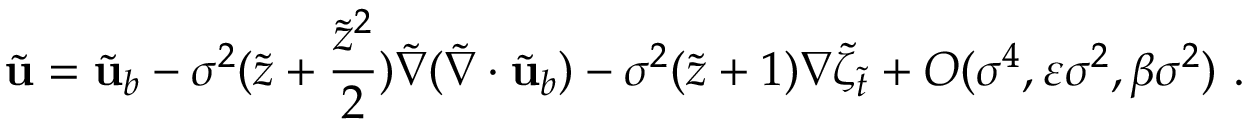
\tilde { \mathbf { u } } = \tilde { \mathbf { u } } _ { b } - \sigma ^ { 2 } ( \tilde { z } + \frac { \tilde { z } ^ { 2 } } { 2 } ) \tilde { \nabla } ( \tilde { \nabla } \cdot \tilde { \mathbf { u } } _ { b } ) - \sigma ^ { 2 } ( \tilde { z } + 1 ) \nabla \tilde { \zeta } _ { \tilde { t } } + O ( \sigma ^ { 4 } , \varepsilon \sigma ^ { 2 } , \beta \sigma ^ { 2 } ) \ .